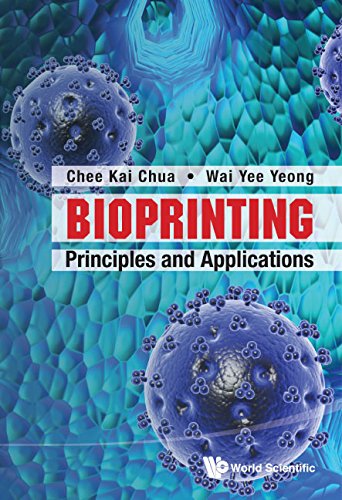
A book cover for Bioprinting: Principles and Applications (Wspc Book Series in 3D Printing); Chee Kai Chua; Computers & Technology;